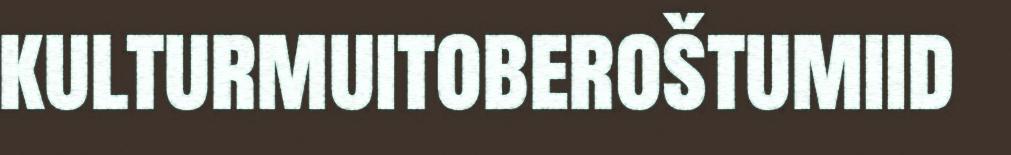
kulturmuitoberoštumiid